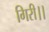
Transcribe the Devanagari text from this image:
गिरी।।